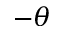
- \theta